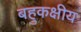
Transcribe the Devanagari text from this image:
बहुकक्षीय